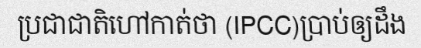
ប្រជាជាតិហៅកាត់ថា (IPCC)ប្រាប់ឲ្យដឹង